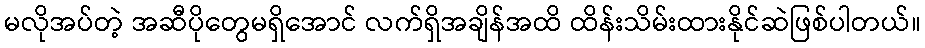
မလိုအပ်တဲ့ အဆီပိုတွေမရှိအောင် လက်ရှိအချိန်အထိ ထိန်းသိမ်းထားနိုင်ဆဲဖြစ်ပါတယ်။